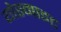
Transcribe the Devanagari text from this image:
योस्माइट